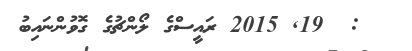
:  19